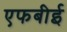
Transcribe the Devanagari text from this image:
एफबीई